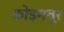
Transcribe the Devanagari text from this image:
कोइमतूर